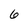
Character: 6